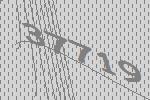
37719